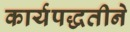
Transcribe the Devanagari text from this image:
कार्यपद्धतीने